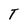
Character: T